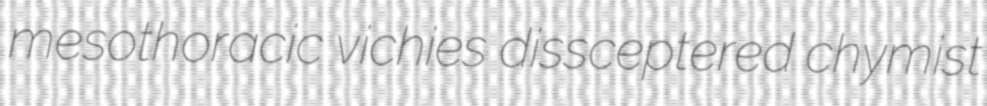
mesothoracic vichies dissceptered chymist